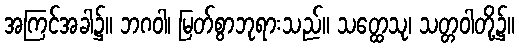
အကြင်အခါ၌။ ဘဂဝါ၊ မြတ်စွာဘုရားသည်။ သတ္ထေသု၊ သတ္တဝါတို့၌။